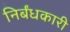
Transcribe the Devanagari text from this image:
निर्बंधकारी